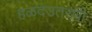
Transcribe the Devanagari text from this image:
हळदउतरणी